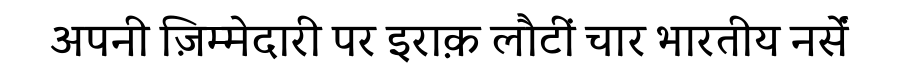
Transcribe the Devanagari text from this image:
अपनी ज़िम्मेदारी पर इराक़ लौटीं चार भारतीय नर्सें